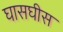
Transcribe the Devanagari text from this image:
घासघीस